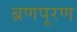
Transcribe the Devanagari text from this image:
ब्रणपूरण